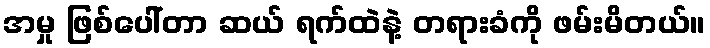
အမှု ဖြစ်ပေါ်တာ ဆယ် ရက်ထဲနဲ့ တရားခံကို ဖမ်းမိတယ်။